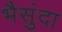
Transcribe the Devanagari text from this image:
भैसुंदा